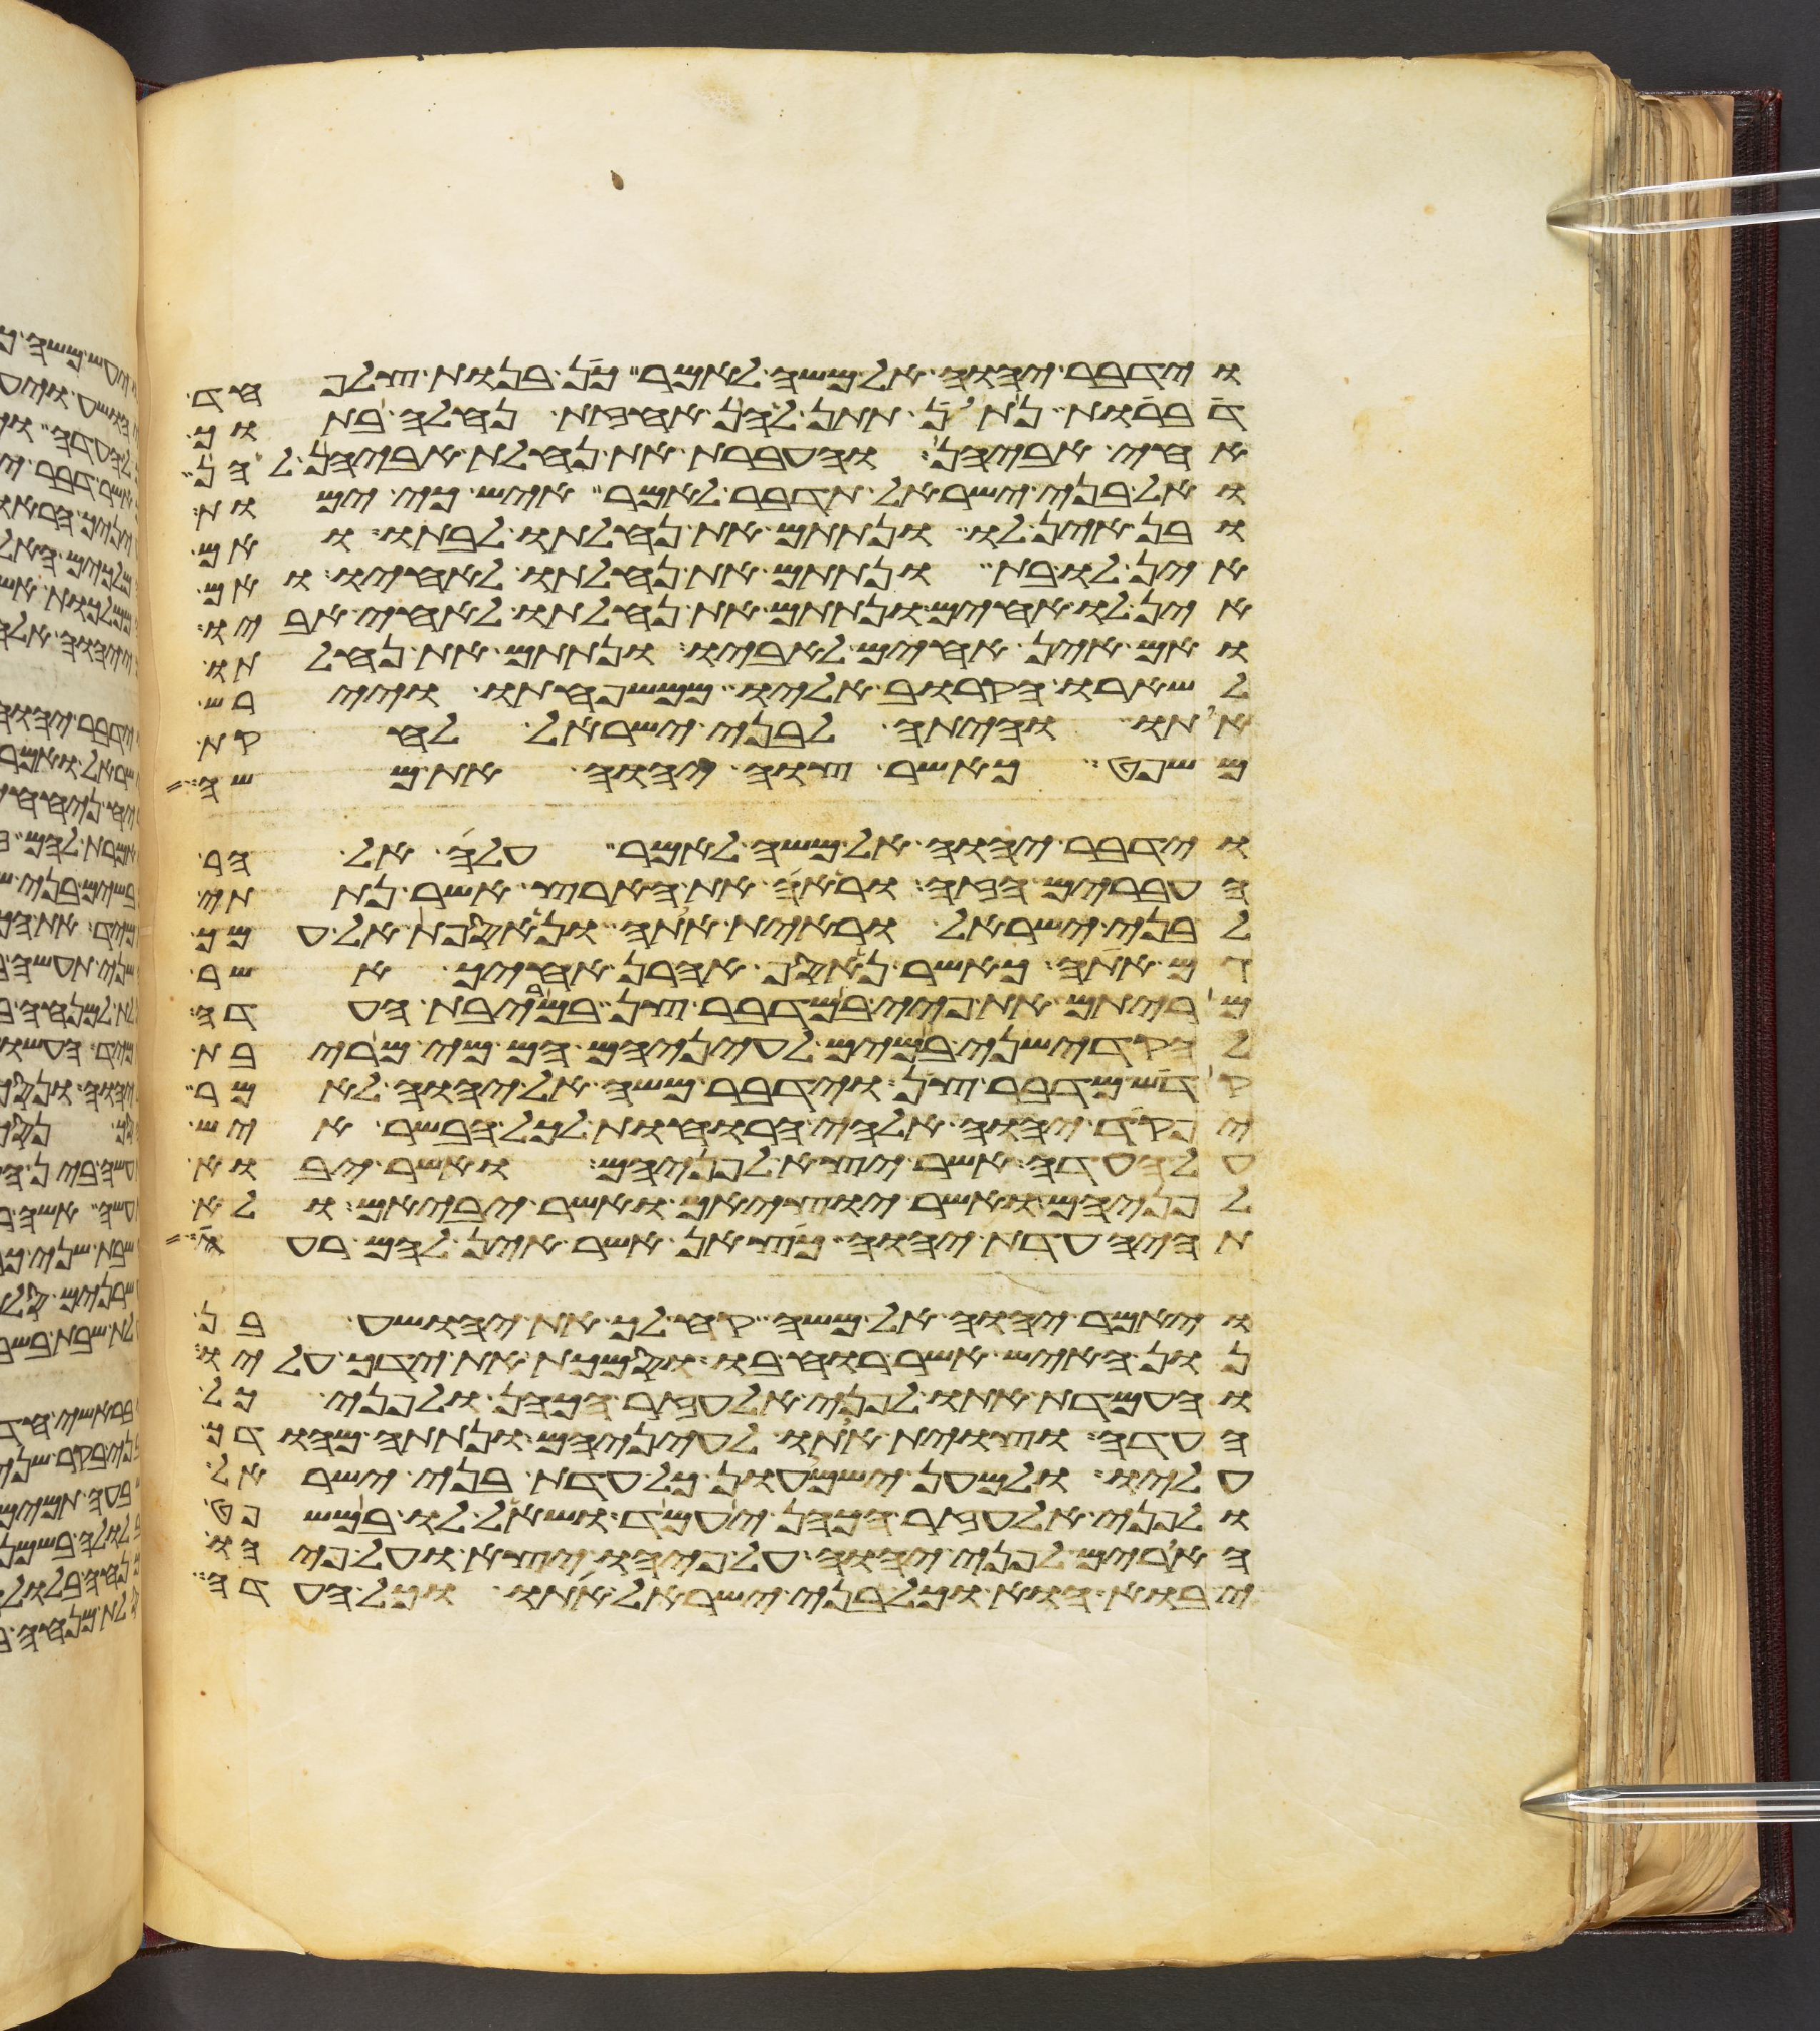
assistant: וידבר יהוה אל משה לאמר כן בנות צלפחד
דברות נתן תתן להן אחזת נחלה בתוך
אחי אביהן והעברת את נחלת אביהן להן
ואל בני ישראל תדבר לאמר איש כי ימות
ובן אין לו ונתתם את נחלתו לבתו ואם
אין לו בת ונתתם את נחלתו לאחיו ואם
אין לו אחים ונתתם את נחלתו לאחי אביו
ואם אין אחים לאביו ונתתם את נחלתו
לשארו הקרוב אליו ממשפחתו ויירש
אתו והיתה לבני ישראל לחקת
משפט כאשר צוה יהוה את משה
וידבר יהוה אל משה לאמר עלה אל הר
העברים הזה וראה את הארץ אשר נתתי
לבני ישראל וראית אתה ונאספת אל עמך
גם אתה כאשר נאסף אהרן אחיך אשר
מריתם את פיי במדבר צן במריבת העדה
להקדישני במים לעיניהם הם מי מריבת
קדש מדבר צן וידבר משה אל יהוה לאמר
יפקד יהוה אלהי הרוחות לכל הבשר איש
על העדה אשר יצא לפניהם ואשר יבוא
לפניהם ואשר יוציאם ואשר יביאם ולא
תהיה עדת יהוה כצאן אשר אין להם רעה
ויאמר יהוה אל משה קח לך את יהושע בן
נון האיש אשר רוחו בו וסמכת את ידך עליו
והעמדת אתו לפני אלעזר הכהן ולפני כל
העדה וצוית אתו לעיניהם ונתתה מהודך
עליו ולמען ישמעון כל עדת בני ישראל
ולפני אלעזר הכהן יעמד ושאל לו במשפט
הארים לפני יהוה על פיהו יצא ועל פיהו
יבוא הוא וכל בני ישראל אתו וכל העדה